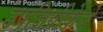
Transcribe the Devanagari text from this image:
उपजिवीकेचे